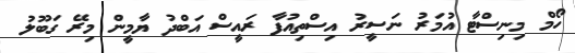
ހޯމް މިނިސްޓާ އުމަރު ނަސީރު އިސްތިއުފާ ރައީސް އަބްދު ޔާމީން މިރޭ ގަބޫލު